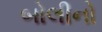
બોલીનો